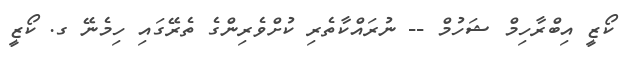
ކޯޒީ އިބްރާހިމް ޝަހުމް -- ނުރައްކާތެރި ކުށްވެރިންގެ ތެރޭގައި ހިމެނޭ ގ. ކޯޒީ